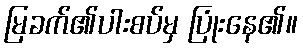
မြခက်၏ပါးစပ်မှ ပြုံးနေ၏။